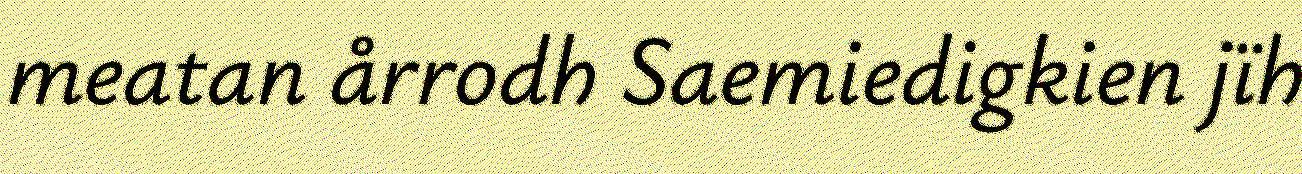
meatan årrodh Saemiedigkien jïh